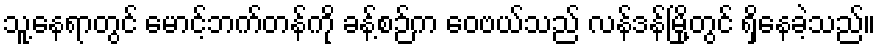
သူ့နေရာတွင် မောင့်ဘက်တန်ကို ခန့်စဉ်က ဝေဗယ်သည် လန်ဒန်မြို့တွင် ရှိနေခဲ့သည်။